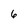
Character: 6